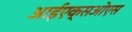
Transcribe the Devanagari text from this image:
आईएक्सओएस